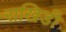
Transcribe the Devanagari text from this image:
राखिडी